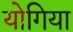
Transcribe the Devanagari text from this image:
योगिया